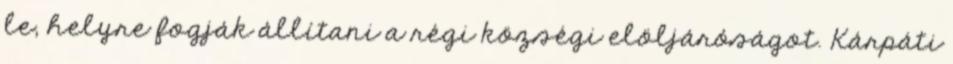
le, helyre fogják állítani a régi községi elöljáróságot. Kárpáti